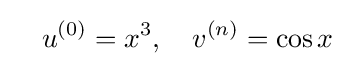
\quad u^{(0)}=x^{3},\quad v^{(n)}=\cos x